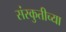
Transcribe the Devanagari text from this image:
संस्कुतीच्या